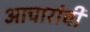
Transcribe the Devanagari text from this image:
आचारांची